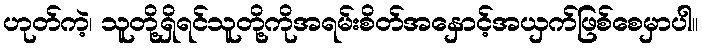
ဟုတ်ကဲ့၊ သူတို့ရှိရင်သူတို့ကိုအရမ်းစိတ်အနှောင့်အယှက်ဖြစ်စေမှာပါ။